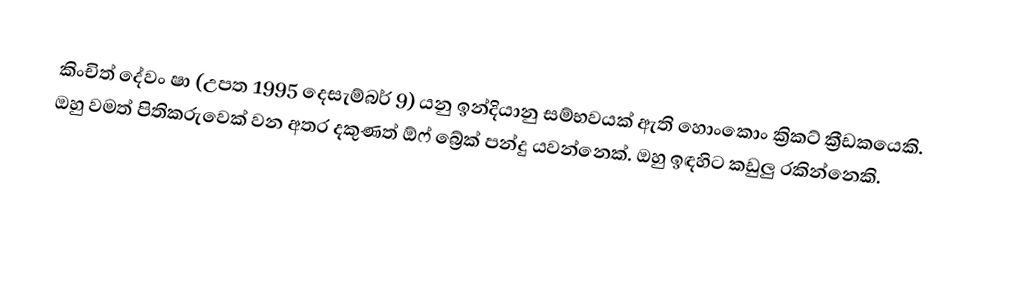
කිංචිත් දේවං ෂා (උපත 1995 දෙසැම්බර් 9) යනු ඉන්දියානු සම්භවයක් ඇති හොංකොං ක්‍රිකට් ක්‍රීඩකයෙකි. ඔහු වමත් පිතිකරුවෙක් වන අතර දකුණත් ඕෆ් බ්‍රේක් පන්දු යවන්නෙක්. ඔහු ඉඳහිට කඩුලු රකින්නෙකි.